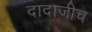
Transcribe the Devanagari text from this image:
दादाजीच